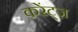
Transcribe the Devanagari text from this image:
करेंट्ज़